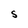
Character: S